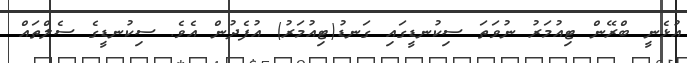
އުޅެނީ ބްރޭން ޓިއުމަރު ނުވަތަ ސިކުނޑީގައި ގަނޑު(ޓިއުމަރު) އުފެދުން އެވެ. ސިކުނޑީގެ ސެލްތައް